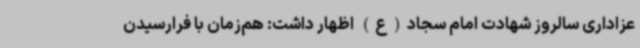
عزاداری سالروز شهادت امام سجاد(ع) اظهار داشت: هم‌زمان با فرارسیدن